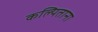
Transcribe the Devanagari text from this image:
कल्पिताना